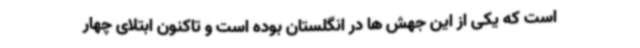
است که یکی از این جهش ها در انگلستان بوده است و تاکنون ابتلای چهار